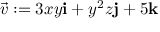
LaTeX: { \vec { v } } : = 3 x y \mathbf { i } + y ^ { 2 } z \mathbf { j } + 5 \mathbf { k }